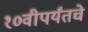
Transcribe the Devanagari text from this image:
१०वीपर्यंतचे